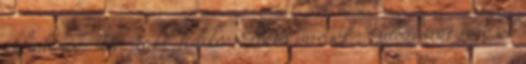
Akadémia: Dr. Laki Ildikó: Élhető városok – idősbarát városok